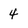
Character: 4